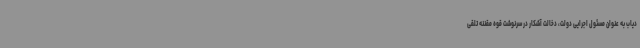
دیاب به عنوان مسئول اجرایی دولت، دخالت آشکار در سرنوشت قوه مقننه تلقی